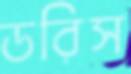
ডরিস